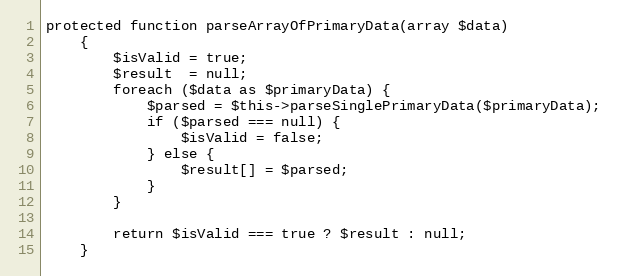
Language: PHP
protected function parseArrayOfPrimaryData(array $data)
    {
        $isValid = true;
        $result  = null;
        foreach ($data as $primaryData) {
            $parsed = $this->parseSinglePrimaryData($primaryData);
            if ($parsed === null) {
                $isValid = false;
            } else {
                $result[] = $parsed;
            }
        }

        return $isValid === true ? $result : null;
    }